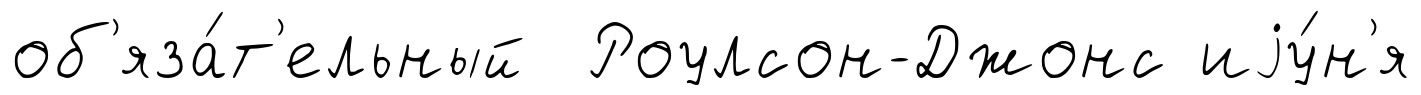
об'яза́т'ельный Роулсон-Джонс иjу́н'я